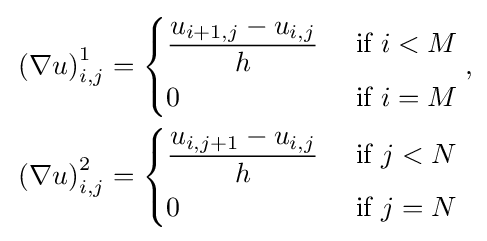
{\begin{aligned}&\left(\nabla u\right)_{i,j}^{1}=\left\{{\begin{aligned}&{\frac {u_{i+1,j}-u_{i,j}}{h}}&{\text{ if }}i<M\\&0&{\text{ if }}i=M\end{aligned}}\right.,\\&\left(\nabla u\right)_{i,j}^{2}=\left\{{\begin{aligned}&{\frac {u_{i,j+1}-u_{i,j}}{h}}&{\text{ if }}j<N\\&0&{\text{ if }}j=N\end{aligned}}\right.\end{aligned}}